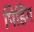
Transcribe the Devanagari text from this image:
पिडिंग